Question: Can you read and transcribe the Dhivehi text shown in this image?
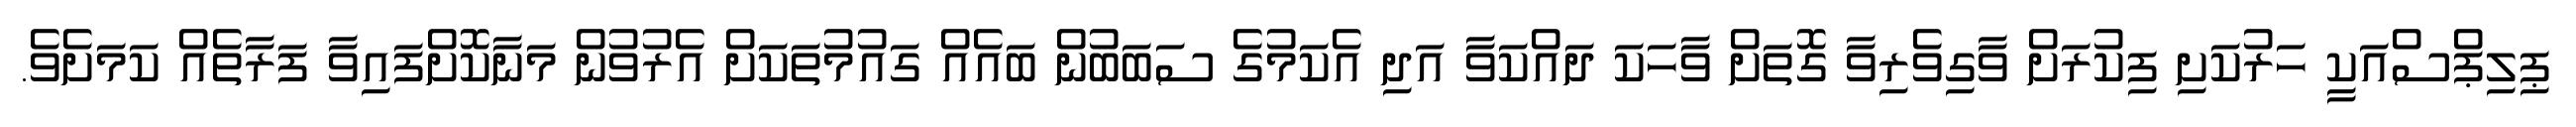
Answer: ޕިލިޕްސްއަކީ ހަރުކަށި ފިކުރަށް ވާގިވެރިވާ ގޮތަށް ވާހަކަ ދައްކަވާ އަދި އެކަމުގެ ސަބަބުން ބައެއް ގައުމުތަކަށް އެރުވުން މަނާކޮށްފައިވާ ފަރާތެއް ކަމަށެވެ.